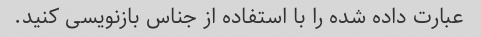
عبارت داده شده را با استفاده از جناس بازنویسی کنید.